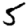
Digit: 5